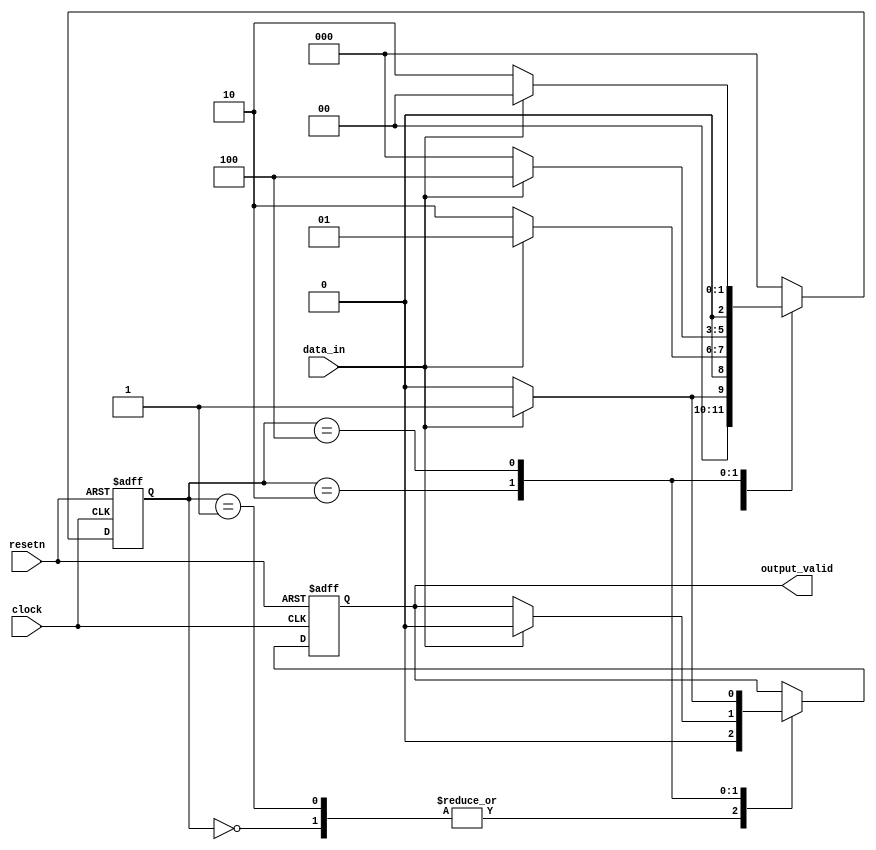
//----------------------------------------------------------------------------------
// Company:
// Engineer:
//
// Design Name:      Sequence_det : Detection of sequence "1011"
// Module Name:      Sequence - Behavioral
// Project Name:     verilog Training
// Target Devices:   xilinx
// Tool Versions:    v2017.4
// Description:
//
// Dependencies:     None
//
// Revision:
// Revision 0.01 - File Created
// Additional Comments:
//
//----------------------------------------------------------------------------------
// Detecting Pattern "1011"
module sequence_det
 (
   input          resetn,            // input active low reset
   input          clock,             // clock
   input          data_in,           // serial input data
   output reg     output_valid       // output valid when it detects the sequence 1011
 );


// parameter
 parameter SIZE = 3;
 parameter S0 = 3'b000,
           S1 = 3'b001,
           S2 = 3'b010,
           S3 = 3'b100,
           S4 = 3'b101;

// reg decleration (internal signals)
   reg [SIZE -1:0] state;

always@( posedge clock or negedge resetn )
begin
   if( !resetn )
      begin
         state         <= S0;
         output_valid  <= 'b0;
      end
   else
      case ( state )
         S0 : if ( data_in == 'b0)
					begin
                  state        <= S0;
                  output_valid <= 'b0;
               end
              else
                begin
                  state        <=  S1;
                  output_valid <= 'b0;
                end

         S1 : if ( data_in ==  'b0 )
               begin
                  state         <= S2;
                  output_valid  <= 'b0;
               end
              else
               begin
                  state          <= S1;
                  output_valid   <= 'b0;
               end

         S2 : if ( data_in == 'b0 )
               begin
                   state <= S0;
               end
              else
               begin
                   state         <= S3;
                   output_valid  <= 'b0;
               end

         S3: if ( data_in == 'b0 )
               begin
                  state         <= S2;
                  output_valid  <= 'b0;
               end
             else
               begin
                  state          <= S0;
                  output_valid   <= 'b1;   //Output is asserted when the pattern "1011" is found in the sequence.
                  end

         default : state <= S0;
     endcase
end
endmodule